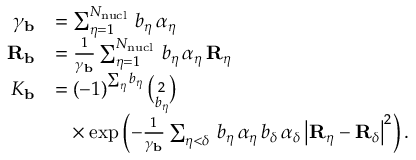
\begin{array} { r l } { \gamma _ { \mathbf { b } } } & { = \sum _ { \eta = 1 } ^ { N _ { \mathrm { n u c l } } } \, b _ { \eta } \, \alpha _ { \eta } } \\ { { \mathbf { R } _ { \mathbf { b } } } } & { = \frac { 1 } { \gamma _ { \mathbf { b } } } \sum _ { \eta = 1 } ^ { N _ { \mathrm { n u c l } } } \, b _ { \eta } \, \alpha _ { \eta } \, { \mathbf { R } _ { \eta } } } \\ { K _ { \mathbf { b } } } & { = ( - 1 ) ^ { \sum _ { \eta } b _ { \eta } } \, { \binom { 2 } { b _ { \eta } } } } \\ & { \phantom { = } \times \exp \left( - \frac { 1 } { \gamma _ { \mathbf { b } } } \sum _ { \eta < \delta } \, b _ { \eta } \, \alpha _ { \eta } \, b _ { \delta } \, \alpha _ { \delta } \, \big | { \mathbf { R } _ { \eta } } - { \mathbf { R } _ { \delta } } \big | ^ { 2 } \right) \mathrm { . } } \end{array}